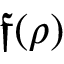
{ \mathfrak { f } } ( \rho )